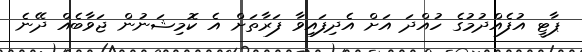
ޕާޓީ އުފެއްދުމުގެ ހުއްދަ އަށް އެދިފައިވާ ފަރާތަށް އެ ކޮމިޝަނުން ޖަވާބެއް ދޭނެ